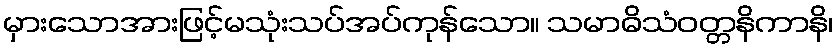
မှားသောအားဖြင့်မသုံးသပ်အပ်ကုန်သော။ သမာဓိသံဝတ္တနိကာနိ၊